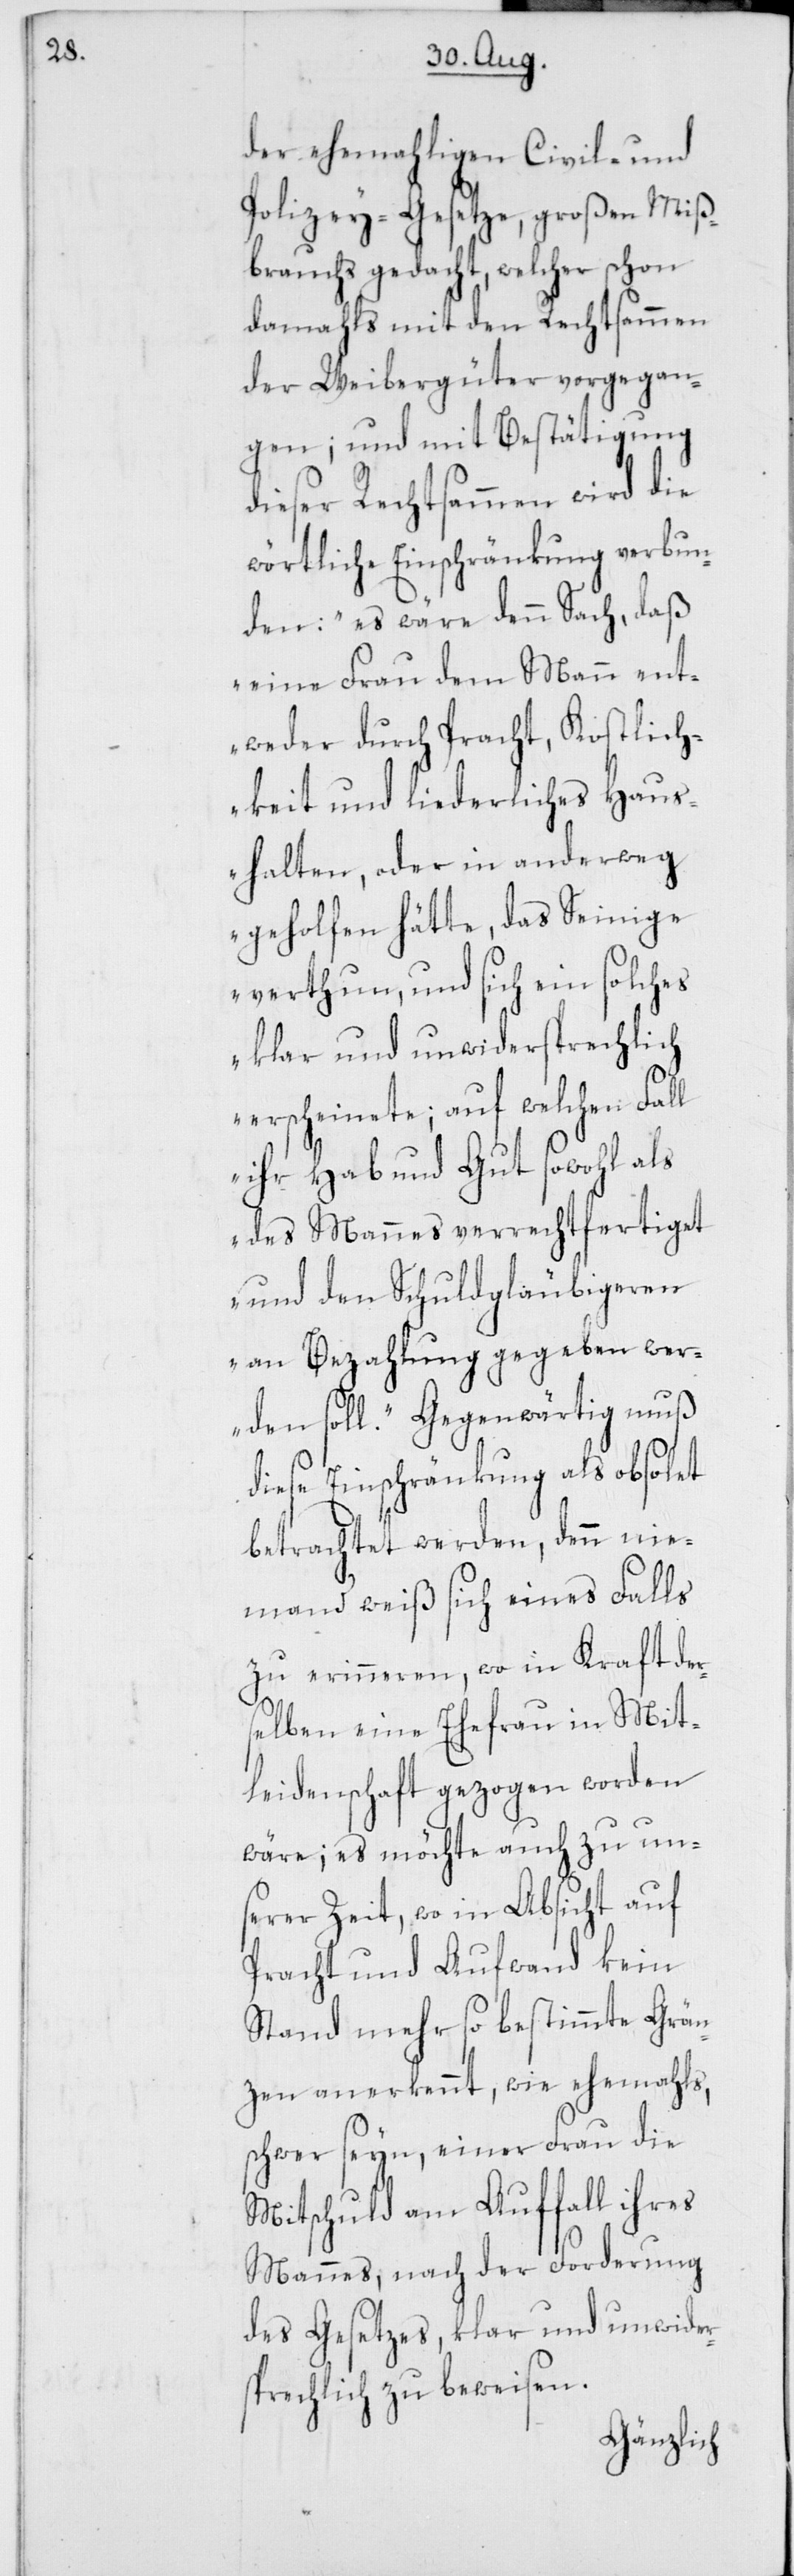
der ehemahligen Civil- und
Polizey- Gesetze, großen Miß¬
brauchs gedacht, welcher schon
damahls mit den Rechtsammen
der Weibergüter vorgegan¬
gen; und mit Bestätigung
dieser Rechtsammen wird die
wörtliche Einschränkung verbun¬
den: „es wäre denn Sach, daß
eine Frau dem Mann ent¬
weder durch Pracht, Kostlich¬
keit und liederliches Haus¬
halten, oder in anderweg
geholfen hätte, das Seinige
verthun, und sich ein solches
klar und unwidersprechlich
erscheinete; auf welchen Fall
ihr Hab und Gut sowohl als
des Mannes verrechtfertiget
und den Schuldgläubigeren
an Bezahlung gegeben wer¬
den soll.“ Gegenwärtig muß
diese Einschränkung als obsolet
betrachtet werden, denn nie¬
mand weiß sich eines Falls
zu erinneren, wo in Kraft der¬
selben eine Ehefrau in Mit¬
leidenschaft gezogen worden
wäre; es möchte auch zu uns¬
erer Zeit, wo in Absicht auf
Pracht und Aufwand kein
Stand mehr so bestimmte Grän¬
zen anerkennt, wie ehemahls,
schwer seyn, einer Frau die
Mitschuld am Auffall ihres
Mannes, nach der Forderung
des Gesetzes, klar und unwider¬
sprechlich zu beweisen.